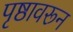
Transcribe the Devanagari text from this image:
पृष्ठावरून